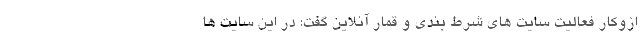
ازوکار فعالیت سایت های شرط بندی و قمار آنلاین گفت: در این سایت ها